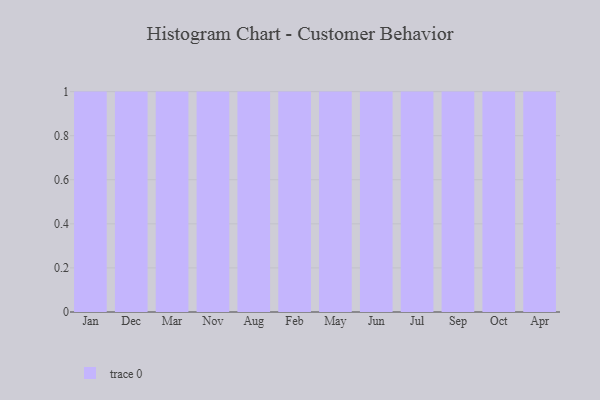
{"axis": {"x": "Month", "y": "Page Views"}, "legend": [""], "data": [{"x": "Jan", "y": 24, "type": ""}, {"x": "Dec", "y": 52, "type": ""}, {"x": "Mar", "y": 19, "type": ""}, {"x": "Nov", "y": 39, "type": ""}, {"x": "Aug", "y": 54, "type": ""}, {"x": "Feb", "y": 63, "type": ""}, {"x": "May", "y": 49, "type": ""}, {"x": "Jun", "y": 25, "type": ""}, {"x": "Jul", "y": 46, "type": ""}, {"x": "Sep", "y": 68, "type": ""}, {"x": "Oct", "y": 73, "type": ""}, {"x": "Apr", "y": 22, "type": ""}]}